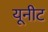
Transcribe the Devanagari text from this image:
यूनीट